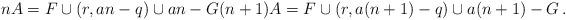
LaTeX: \begin{align*}nA=F\cup (r,an-q)\cup an-G (n+1)A=F\cup (r, a(n+1)-q)\cup a(n+1)-G \,.\end{align*}